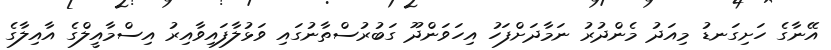
އޭނާގެ ހަށިގަނޑު މިއަދު މެންދުރު ނަމާދަށްފަހު އިހަވަންދޫ ގަބުރުސްތާނުގައި ވަޅުލާފައިވާއިރު އިސްމާއީލްގެ އާއިލާގެ